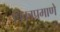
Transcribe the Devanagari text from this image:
पिकाप्रमाणे